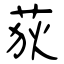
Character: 荻